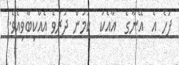
ފަހެ އެ  އޭނާގެ  އާއެކު  ކަމުން ދުރުވެ އެއްކިބާވިއެވެ.